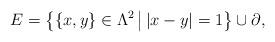
LaTeX: \begin{align*}E=\big\{\{x, y\}\in \Lambda^2\, \big|\, |x-y|=1\big\} \cup \partial,\end{align*}